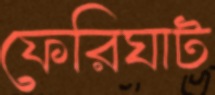
ফেরিঘাট